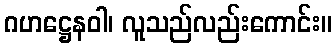
ဂဟဋ္ဌေနဝါ၊ လူသည်လည်းကောင်း။